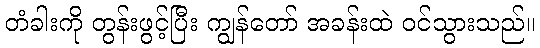
တံခါးကို တွန်းဖွင့်ပြီး ကျွန်တော် အခန်းထဲ ဝင်သွားသည်။